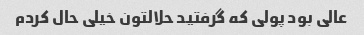
عالی بود پولی که گرفتید حلالتون خیلی حال کردم